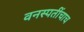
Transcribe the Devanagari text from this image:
वनस्पतींचाच